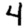
Digit: 4